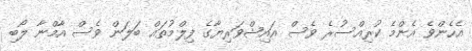
އެހެންވެ އެންމެ ކުރިއްސުރެ ވެސް އައިޝްވަރިޔާގެ ފިލްމުތައް ބަލަން ވެސް އާމްނާ ލޯބި